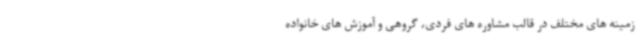
زمینه های مختلف در قالب مشاوره های فردی، گروهی و آموزش های خانواده